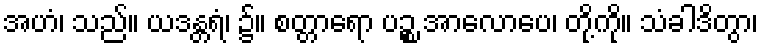
အဟံ၊ သည်။ ယဒန္တရံ၊ ၌။ စတ္တာရော ပဉ္စ အာလောပေ၊ တို့ကို။ သံခါဒိတွာ၊